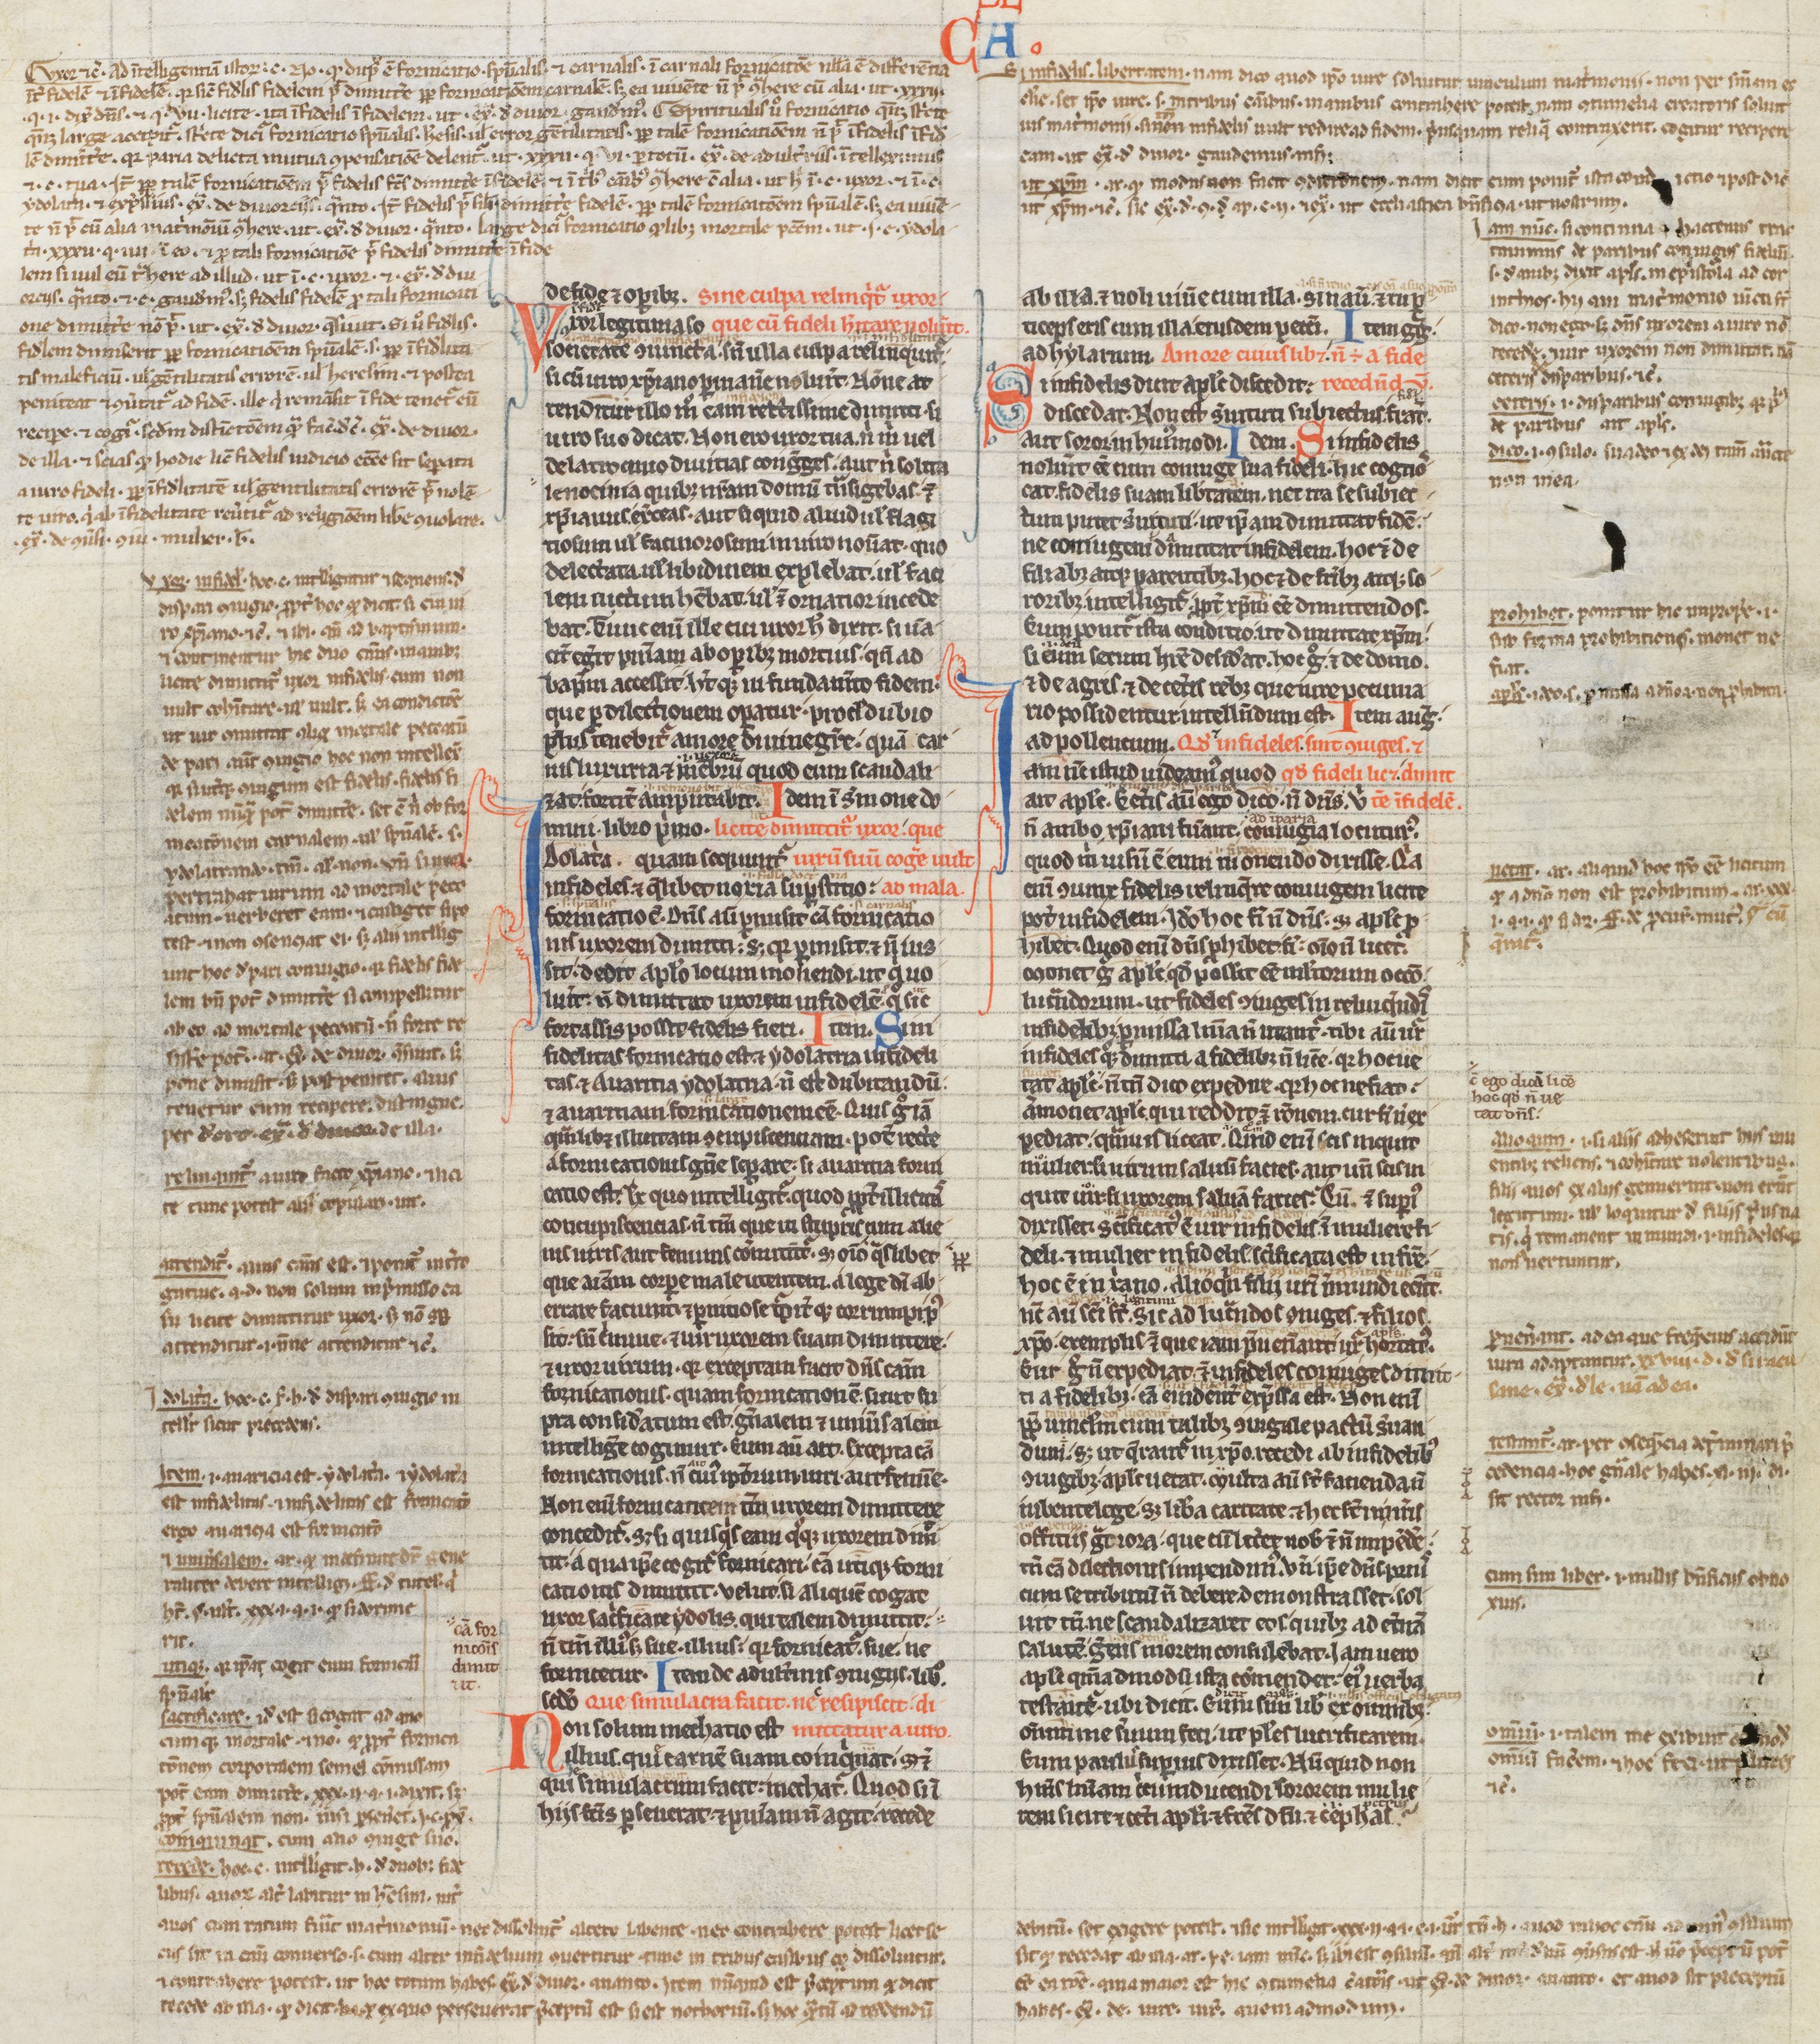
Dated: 1200–1249